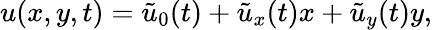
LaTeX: {u}(x,y,t)=\tilde{u}_{0}(t)+\tilde{u}_{x}(t)x+\tilde{u}_{y}(t)y,